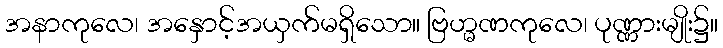
အနာကုလေ၊ အနှောင့်အယှက်မရှိသော။ ဗြဟ္မဏကုလေ၊ ပုဏ္ဏားမျိုး၌။